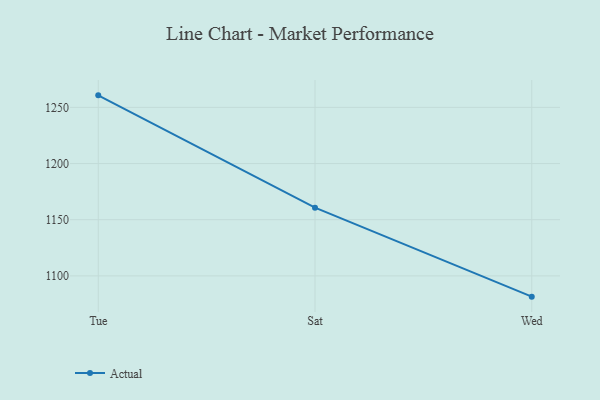
{"axis": {"x": "Day", "y": "Backlog"}, "legend": ["Actual"], "data": [{"x": "Tue", "y": 1260.7, "type": "Actual"}, {"x": "Sat", "y": 1160.7, "type": "Actual"}, {"x": "Wed", "y": 1081.5, "type": "Actual"}]}